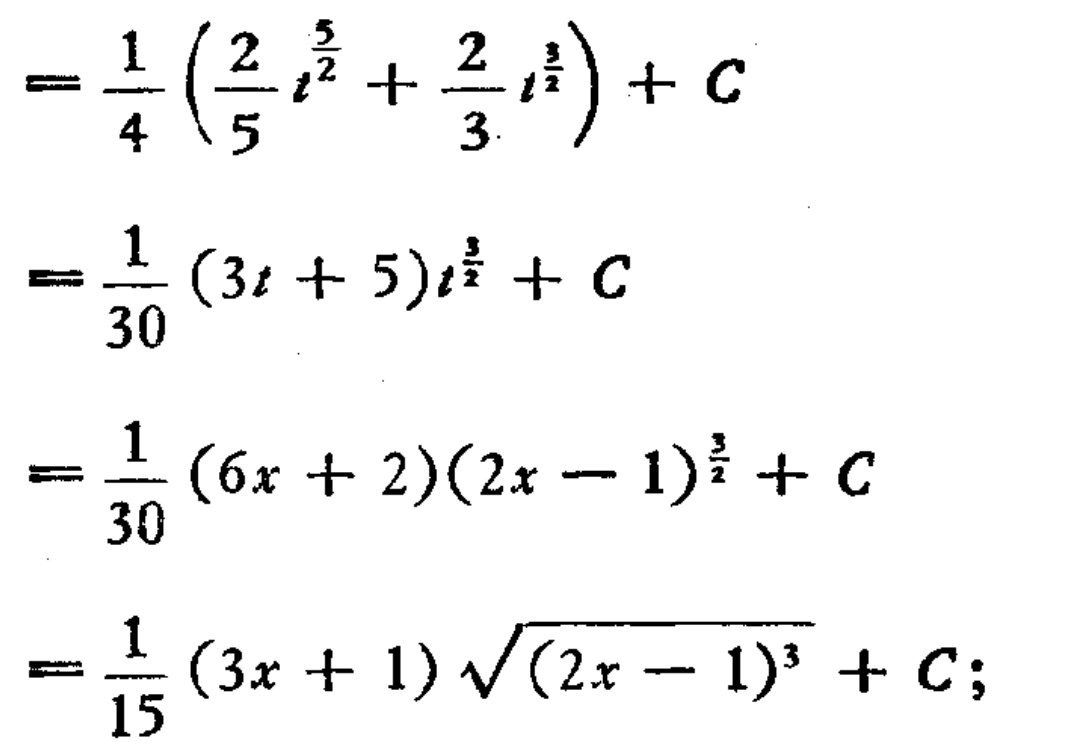
\[
\begin{align*}
&=\frac{1}{4}\left(\frac{2}{5}t^{\frac{5}{2}}+\frac{2}{3}t^{\frac{3}{2}}\right)+C\\
&=\frac{1}{30}(3t + 5)t^{\frac{3}{2}}+C\\
&=\frac{1}{30}(6x + 2)(2x - 1)^{\frac{3}{2}}+C\\
&=\frac{1}{15}(3x + 1)\sqrt{(2x - 1)^{3}}+C;
\end{align*}
\]